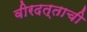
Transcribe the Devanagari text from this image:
वीरदत्ताची